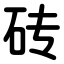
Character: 砖